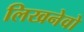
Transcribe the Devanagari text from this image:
लिखनेवो